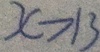
x > 1 3